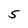
Character: 5